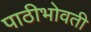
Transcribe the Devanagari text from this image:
पाठीभोवती